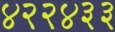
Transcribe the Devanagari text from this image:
४२२४३३